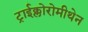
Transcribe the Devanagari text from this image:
ट्राईक्लोरोमीथेन